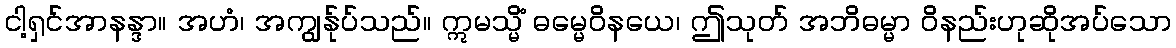
ငါ့ရှင်အာနန္ဒာ။ အဟံ၊ အကျွန်ုပ်သည်။ ဣမသ္မိံ ဓမ္မေဝိနယေ၊ ဤသုတ် အဘိဓမ္မာ ဝိနည်းဟုဆိုအပ်သော